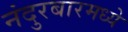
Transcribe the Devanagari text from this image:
नंदुरबारमध्ये